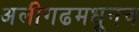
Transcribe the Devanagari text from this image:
अलीगढमधूनच